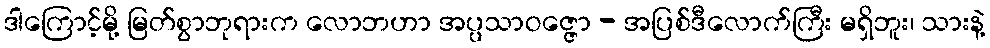
ဒါကြောင့်မို့ မြတ်စွာဘုရားက လောဘဟာ အပ္ပသာဝဇ္ဇော - အပြစ်ဒီလောက်ကြီး မရှိဘူး၊ သားနဲ့